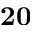
\mathbf { 2 0 }